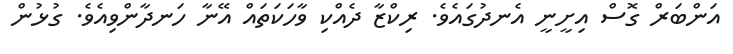
އަންބަރް ގޮސް އިށީނީ އެނދުގައެވެ. ރިކްޒާ ދެއްކި ވާހަކަތައް އޭނާ ހަނދާންވިއެވެ. ގުޅުން